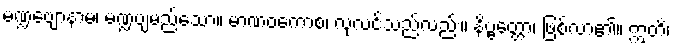
မဏ္ဍဗျောနာမ၊ မဏ္ဍဗျမည်သော။ မာဏဝကောစ၊ လုလင်သည်လည်း။ နိဗ္ဗတ္တော၊ ဖြစ်လာ၏။ ဣတိ၊